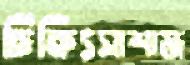
চিকিৎসাশাস্ত্র